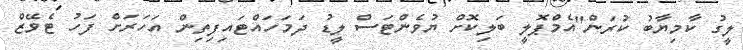
ލީގު ކާމިޔާބު ކުރަން"އެމްޕޮލީ ބަލިކޮށް ޔުވެންޓަސް ލީޑު ދަމަހައްޓައިިފިތިން އަހަރަށް ފަހު ޓެވޭޒް